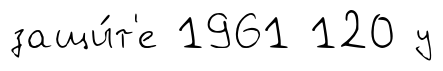
защи́т'е 1961 120 у